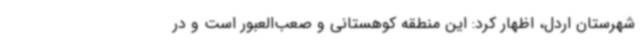
شهرستان اردل، اظهار کرد: این منطقه کوهستانی و صعب‌العبور است و در